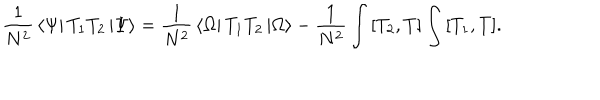
{ \frac { 1 } { N ^ { 2 } } } \left< \Psi \right| { T _ { 1 } } { T _ { 2 } } \left| \Psi \right> = { \frac { 1 } { N ^ { 2 } } } \left< \Omega \right| { T _ { 1 } } { T _ { 2 } } \left| \Omega \right> - { \frac { 1 } { N ^ { 2 } } } \int { \left[ T _ { 2 } , T \right] } \int { \left[ T _ { 1 } , T \right] } .